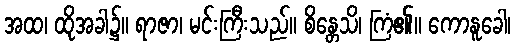
အထ၊ ထိုအခါ၌။ ရာဇာ၊ မင်းကြီးသည်။ စိန္တေသိ၊ ကြံ၏။ ကောနူခေါ၊